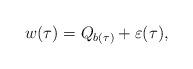
LaTeX: \begin{align*} w(\tau) = Q_{b(\tau)} + \varepsilon(\tau), \end{align*}